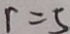
r = 5